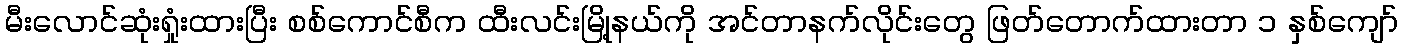
မီးလောင်ဆုံးရှုံးထားပြီး စစ်ကောင်စီက ထီးလင်းမြို့နယ်ကို အင်တာနက်လိုင်းတွေ ဖြတ်တောက်ထားတာ ၁ နှစ်ကျော်